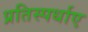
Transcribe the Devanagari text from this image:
प्रतिस्पर्धाए